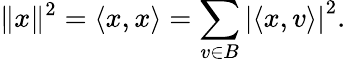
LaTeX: \| x\| ^{2}=\langle x,x\rangle=\sum_{v\in B}\left|\langle x,v\rangle\right|^{2}.